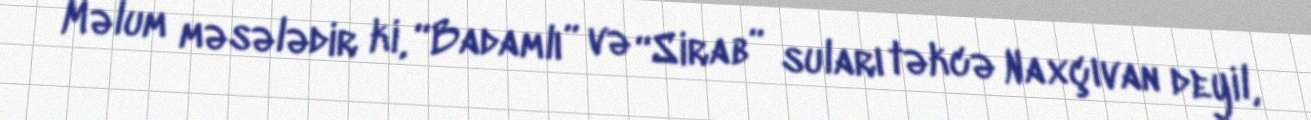
Məlum məsələdir ki, “Badamlı” və “Sirab” suları təkcə Naxçıvan deyil,